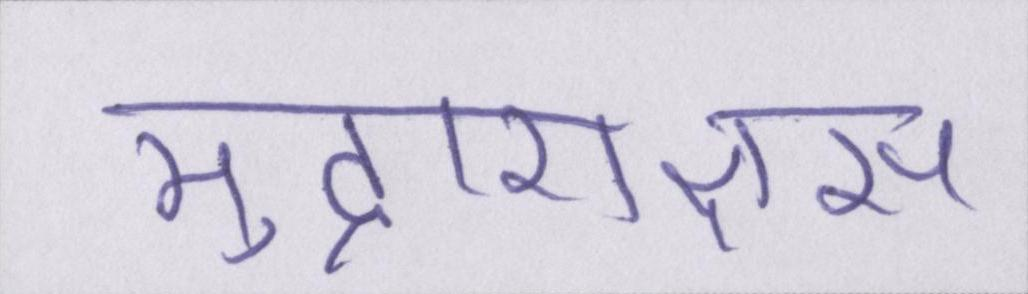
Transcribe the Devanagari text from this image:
मुद्राराक्षस